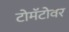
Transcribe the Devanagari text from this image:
टोमॅटोवर